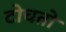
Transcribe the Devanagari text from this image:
टोचतो